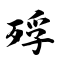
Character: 殍